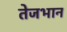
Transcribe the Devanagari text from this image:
तेजभान